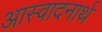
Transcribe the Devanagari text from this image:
आस्वादनार्थ